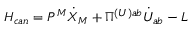
H _ { c a n } = P ^ { M } \dot { X } _ { M } + \Pi ^ { ( U ) a b } \dot { U } _ { a b } - L